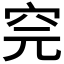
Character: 𥤸